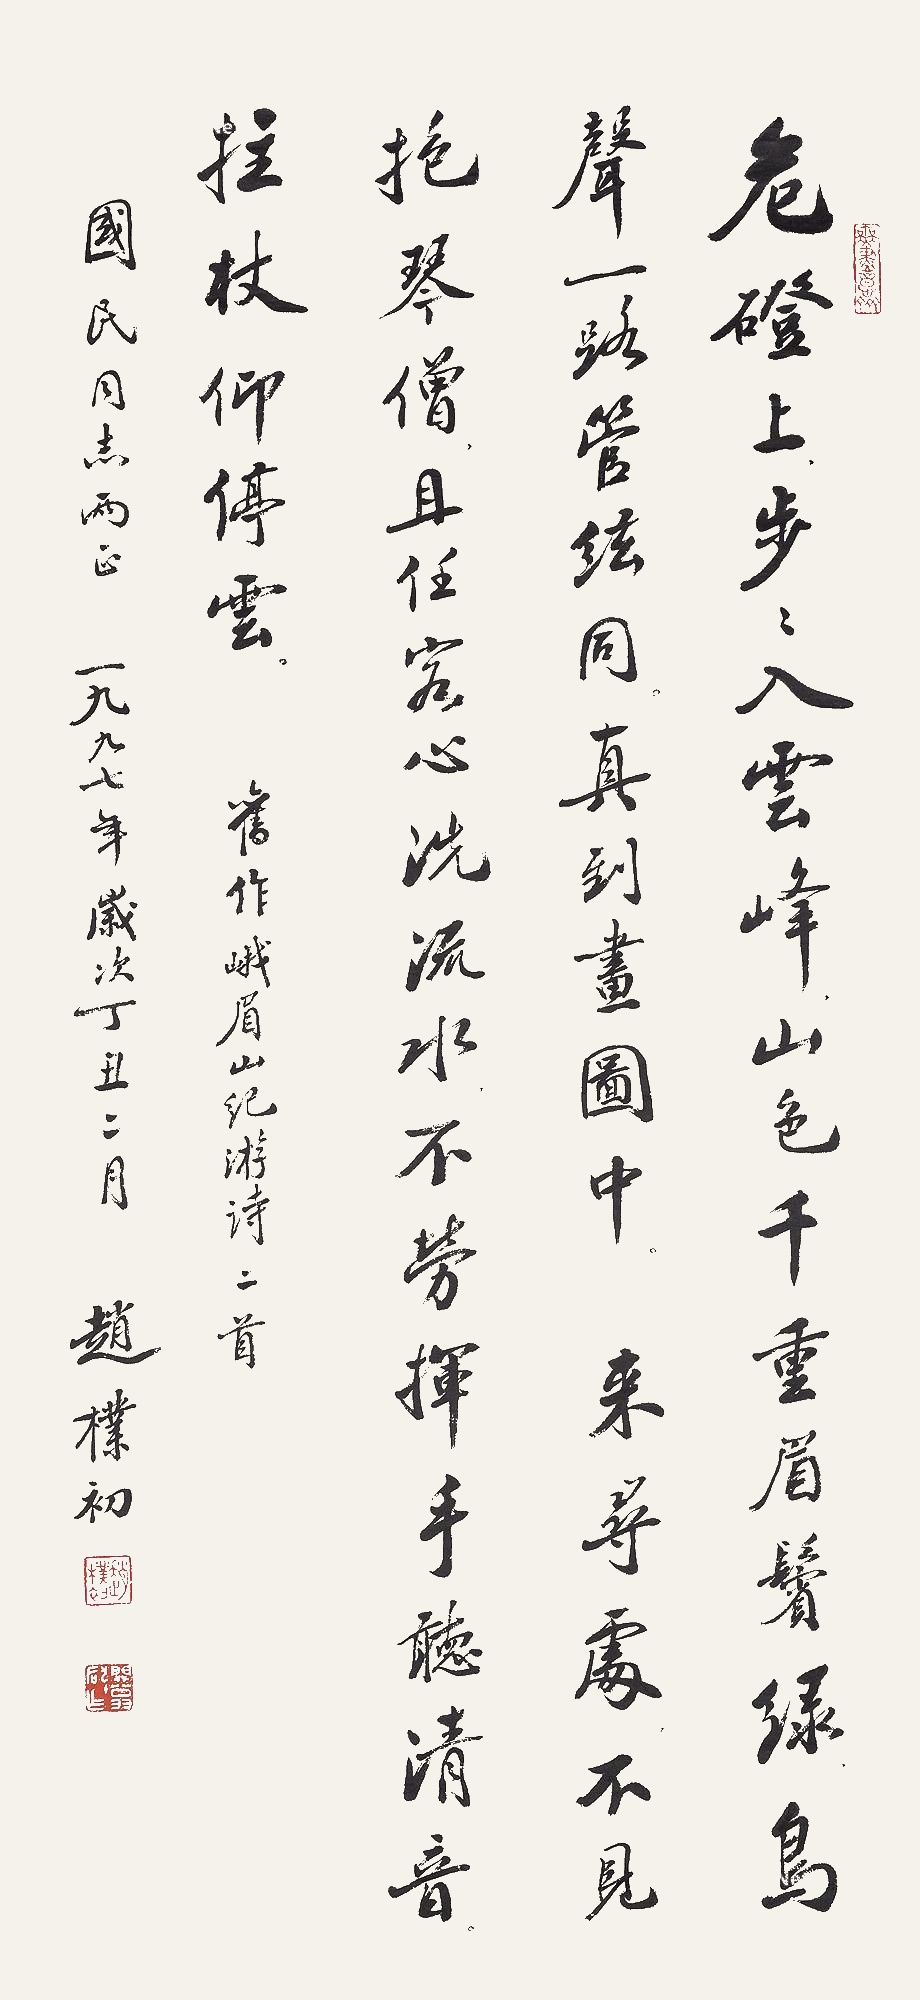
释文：危蹬上步步入云峰，山色千重眉鬓绿，鸟声一路管弦同，真到画图中。来寻处不见，抱琴僧，且任客，心洗流水，不劳挥手听清音，拄杖仰停云。旧作峨眉山级游诗二首。国民同志两正。一九九七年岁次丁丑二月。赵朴初。